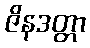
ဇိနဒတ္တာ